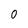
Character: 0